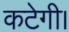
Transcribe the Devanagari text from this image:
कटेगी।